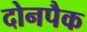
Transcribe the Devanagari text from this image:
दोनपैक